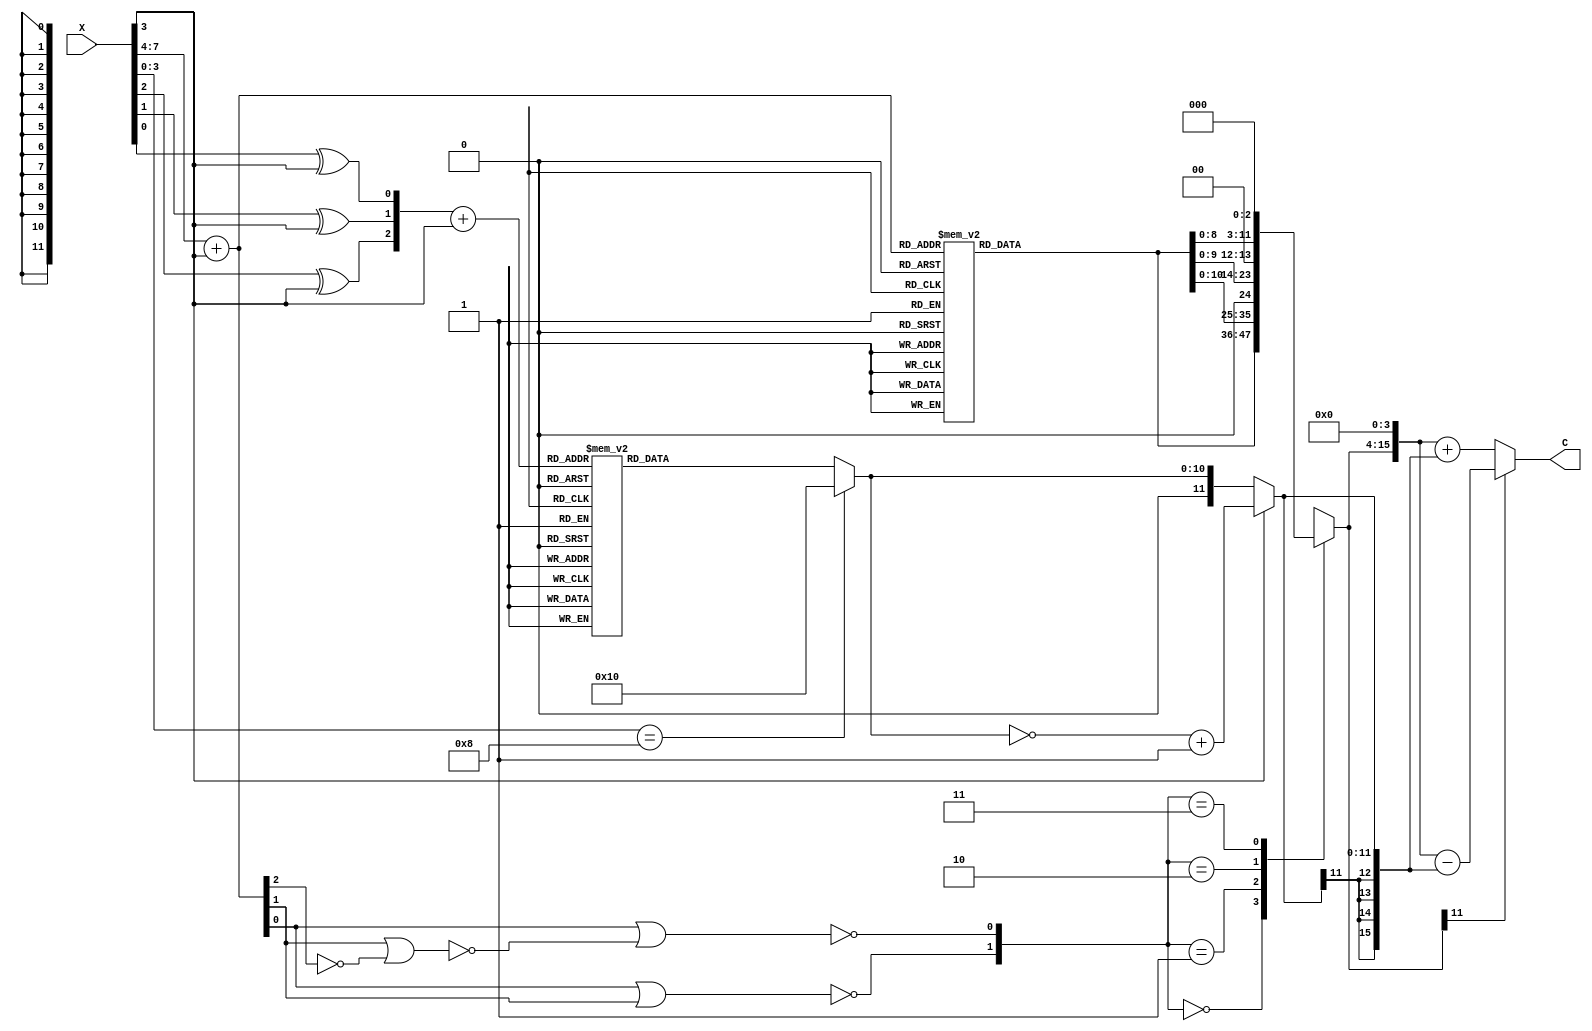
module lut_mult_8bit #(parameter A_const = 2) (input [7:0]X, output [15:0]C); 
  
  // input coding unit 
  // verify input coding unit block
  wire [3:0] input_coding_o;
  // input_coding u_input_coding (.x(X[3:0]), .y(input_coding_o))
  // Xi' = (Xi XOR Ci) + (Ci-1 XOR Ci)
  // Ci-1 = 0, (Ci-1 XOR Ci) = (0 XOR Ci) = Ci 
  // Ci = X[3]
  //assign input_coding_o[0] = (X[0] ^ X[3]) | X[3]; 
  //assign input_coding_o[1] = (X[1] ^ X[3]) | X[3]; 
  //assign input_coding_o[2] = (X[2] ^ X[3]) | X[3]; 
  //assign input_coding_o[3] = (X[3] ^ X[3]) | X[3]; 
  // input_coding_o[3:0] = (X[3:0] ^ X[3]) | X[3]; 
   wire Ci, ri;
   wire [3:0] input_coding_temp;
   assign Ci = X[3];
   assign input_coding_temp[3] = X[3] ^ Ci;
   assign input_coding_temp[2] = X[2] ^ Ci; 
   assign input_coding_temp[1] = X[1] ^ Ci; 
   assign input_coding_temp[0] = X[0] ^ Ci; 
   assign ri = Ci ^ 1'b0; //Ci-1 = 0 so ri = Ci
   assign input_coding_o = input_coding_temp + ri;
  
  // 8 Word Direct LUT
  reg [10:0] direct_lut_temp;
  wire [10:0] direct_lut_o;
  always@(*)
    begin
      case(input_coding_o[2:0])
        3'b000: direct_lut_temp = 11'd0 * A_const;
        3'b001: direct_lut_temp = 11'd1 * A_const;
        3'b010: direct_lut_temp = 11'd2 * A_const; 
        3'b011: direct_lut_temp = 11'd3 * A_const;
        3'b100: direct_lut_temp = 11'd4 * A_const;
        3'b101: direct_lut_temp = 11'd5 * A_const; 
        3'b110: direct_lut_temp = 11'd6 * A_const;
        3'b111: direct_lut_temp = 11'd7 * A_const;
      endcase 
    end 
  
  // Sign Modification 
  wire [11:0] sign_mod_o;
  wire [10:0] inv_bits;
  reg [11:0] sign_mod_temp;
  //assign inv_bits = ~direct_lut_o;
  //assign sign_mod_temp = ~(direct_lut_o) + 1'b1;
  assign direct_lut_o = (X[3:0] == 4'b1000) ? (11'd16) : direct_lut_temp;
  assign sign_mod_o = (X[3] == 1) ? (~direct_lut_o + 1'b1) : direct_lut_o; 
  //assign sign_mod_o = {1'b0,direct_lut_o}; 
//  always@(*)
//    begin
//    sign_mod_temp = inv_bits + 1'b1;
//    end 
      
  // Increment Circuit 
  wire [4:0] incr_o;
  //reg [4:0] incr_temp;
  assign incr_o = X[7:4] + X[3];
  //always@(*)
  //  begin
  //    incr_temp = X[7:4] + X[3];
  //  end   
  
  // 9 Word OMS LUT, same as Table IV 
  reg [11:0] oms_lut_o;
  always@(*)
    begin
      case(incr_o)
        // reset case 
        5'b00000: oms_lut_o = 12'd0;
        // address 0000
        5'b00001: oms_lut_o = 12'd1  * A_const;
        5'b00010: oms_lut_o = 12'd1  * A_const;
        5'b00100: oms_lut_o = 12'd1  * A_const;
        5'b01000: oms_lut_o = 12'd1  * A_const;
        // address 0001
        5'b00011: oms_lut_o = 12'd3 * A_const;
        5'b00110: oms_lut_o = 12'd3 * A_const;
        5'b01100: oms_lut_o = 12'd3 * A_const;
        // address 0010
        5'b00101: oms_lut_o = 12'd5  * A_const;
        5'b01010: oms_lut_o = 12'd5  * A_const;
        // address 0011
        5'b00111: oms_lut_o = 12'd7  * A_const;
        5'b01110: oms_lut_o = 12'd7  * A_const;
        // address 0100
        5'b01001: oms_lut_o = 12'd9  * A_const;
        // address 0101
        5'b01011: oms_lut_o = 12'd11  * A_const;
        // address 0110
        5'b01101: oms_lut_o = 12'd13 * A_const;
        // address 0111
        5'b01111: oms_lut_o = 12'd15 * A_const;
        // adress 1000
        5'b10000: oms_lut_o = 12'd2 * A_const;
        default: oms_lut_o = 12'd0;
      endcase
    end 
        
  // Barrel Shifter 
  // add control bits, assume the same s0 and s1 equations as the paper
  // 12bit_barrel_shifter u_shift ( );
          
  wire s0; wire s1;
  wire n00, n01, n02, n03;
  wire n10; 
  // s0 
  not u00 (n00, incr_o[2]);
  or  u01 (n01, incr_o[1], n00);
  not u02 (n02, n01);
  or  u03 (n03, incr_o[0], n02);
  not u04 (s0, n03);
  
  // s1
  or s10  (n10, incr_o[0], incr_o[1]);
  not s11 (s1, n10);
  
  reg [11:0] temp_shift_out;
  wire [11:0] shift_out;
  assign shift_out = temp_shift_out;
  always@(*)
    begin
    case({s1,s0})
      2'b00: temp_shift_out = oms_lut_o;
      2'b01: temp_shift_out = oms_lut_o << 1;
      2'b10: temp_shift_out = oms_lut_o << 2;
      2'b11: temp_shift_out = oms_lut_o << 3;
    endcase 
    end
 
  
   // add partial products to get final product
  reg [15:0] C_temp; 
  assign C = C_temp;
  wire [15:0] A_temp;
  wire [15:0] B_temp; 
  assign A_temp = {shift_out[11:0],4'b0};
  assign B_temp = {sign_mod_o[11],sign_mod_o[11],sign_mod_o[11],sign_mod_o[11],sign_mod_o};
  always@(*)
    begin
      C_temp = (A_temp[15] == 1) ? (A_temp - B_temp) : (A_temp + B_temp) ; // a[15:0], b[15:0]
    end 
  // C = {8'b0,sign_mod_o} + {temp_shift_out[15:0],4'b0} ; // a[15:0], b[15:0
  // 16bit_adder u_adder (.A(), .B(), .S(C);
  
endmodule